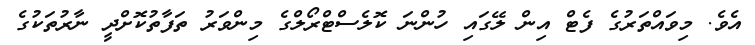
އެވެ. މިވައްތަރުގެ ފެޓް އިން ލޭގައި ހުންނަ ކޮލެސްޓްރޯލްގެ މިންވަރު ތަފާތުކޮށްދީ ނާރުތަކުގެ